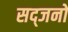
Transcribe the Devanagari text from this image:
सद्जनो